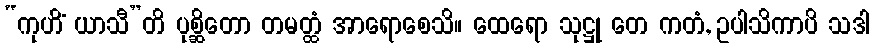
“ကုဟိံ ယာသီ”တိ ပုစ္ဆိတော တမတ္ထံ အာရောစေသိ။ ထေရော သုဋ္ဌု တေ ကတံ, ဥပါသိကာပိ သဒါ